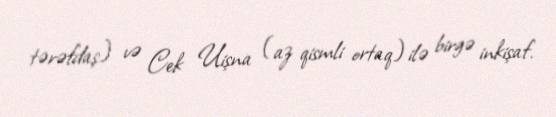
tərəfdaş) və Cek Uişna (az qismli ortaq) ilə birgə inkişaf.